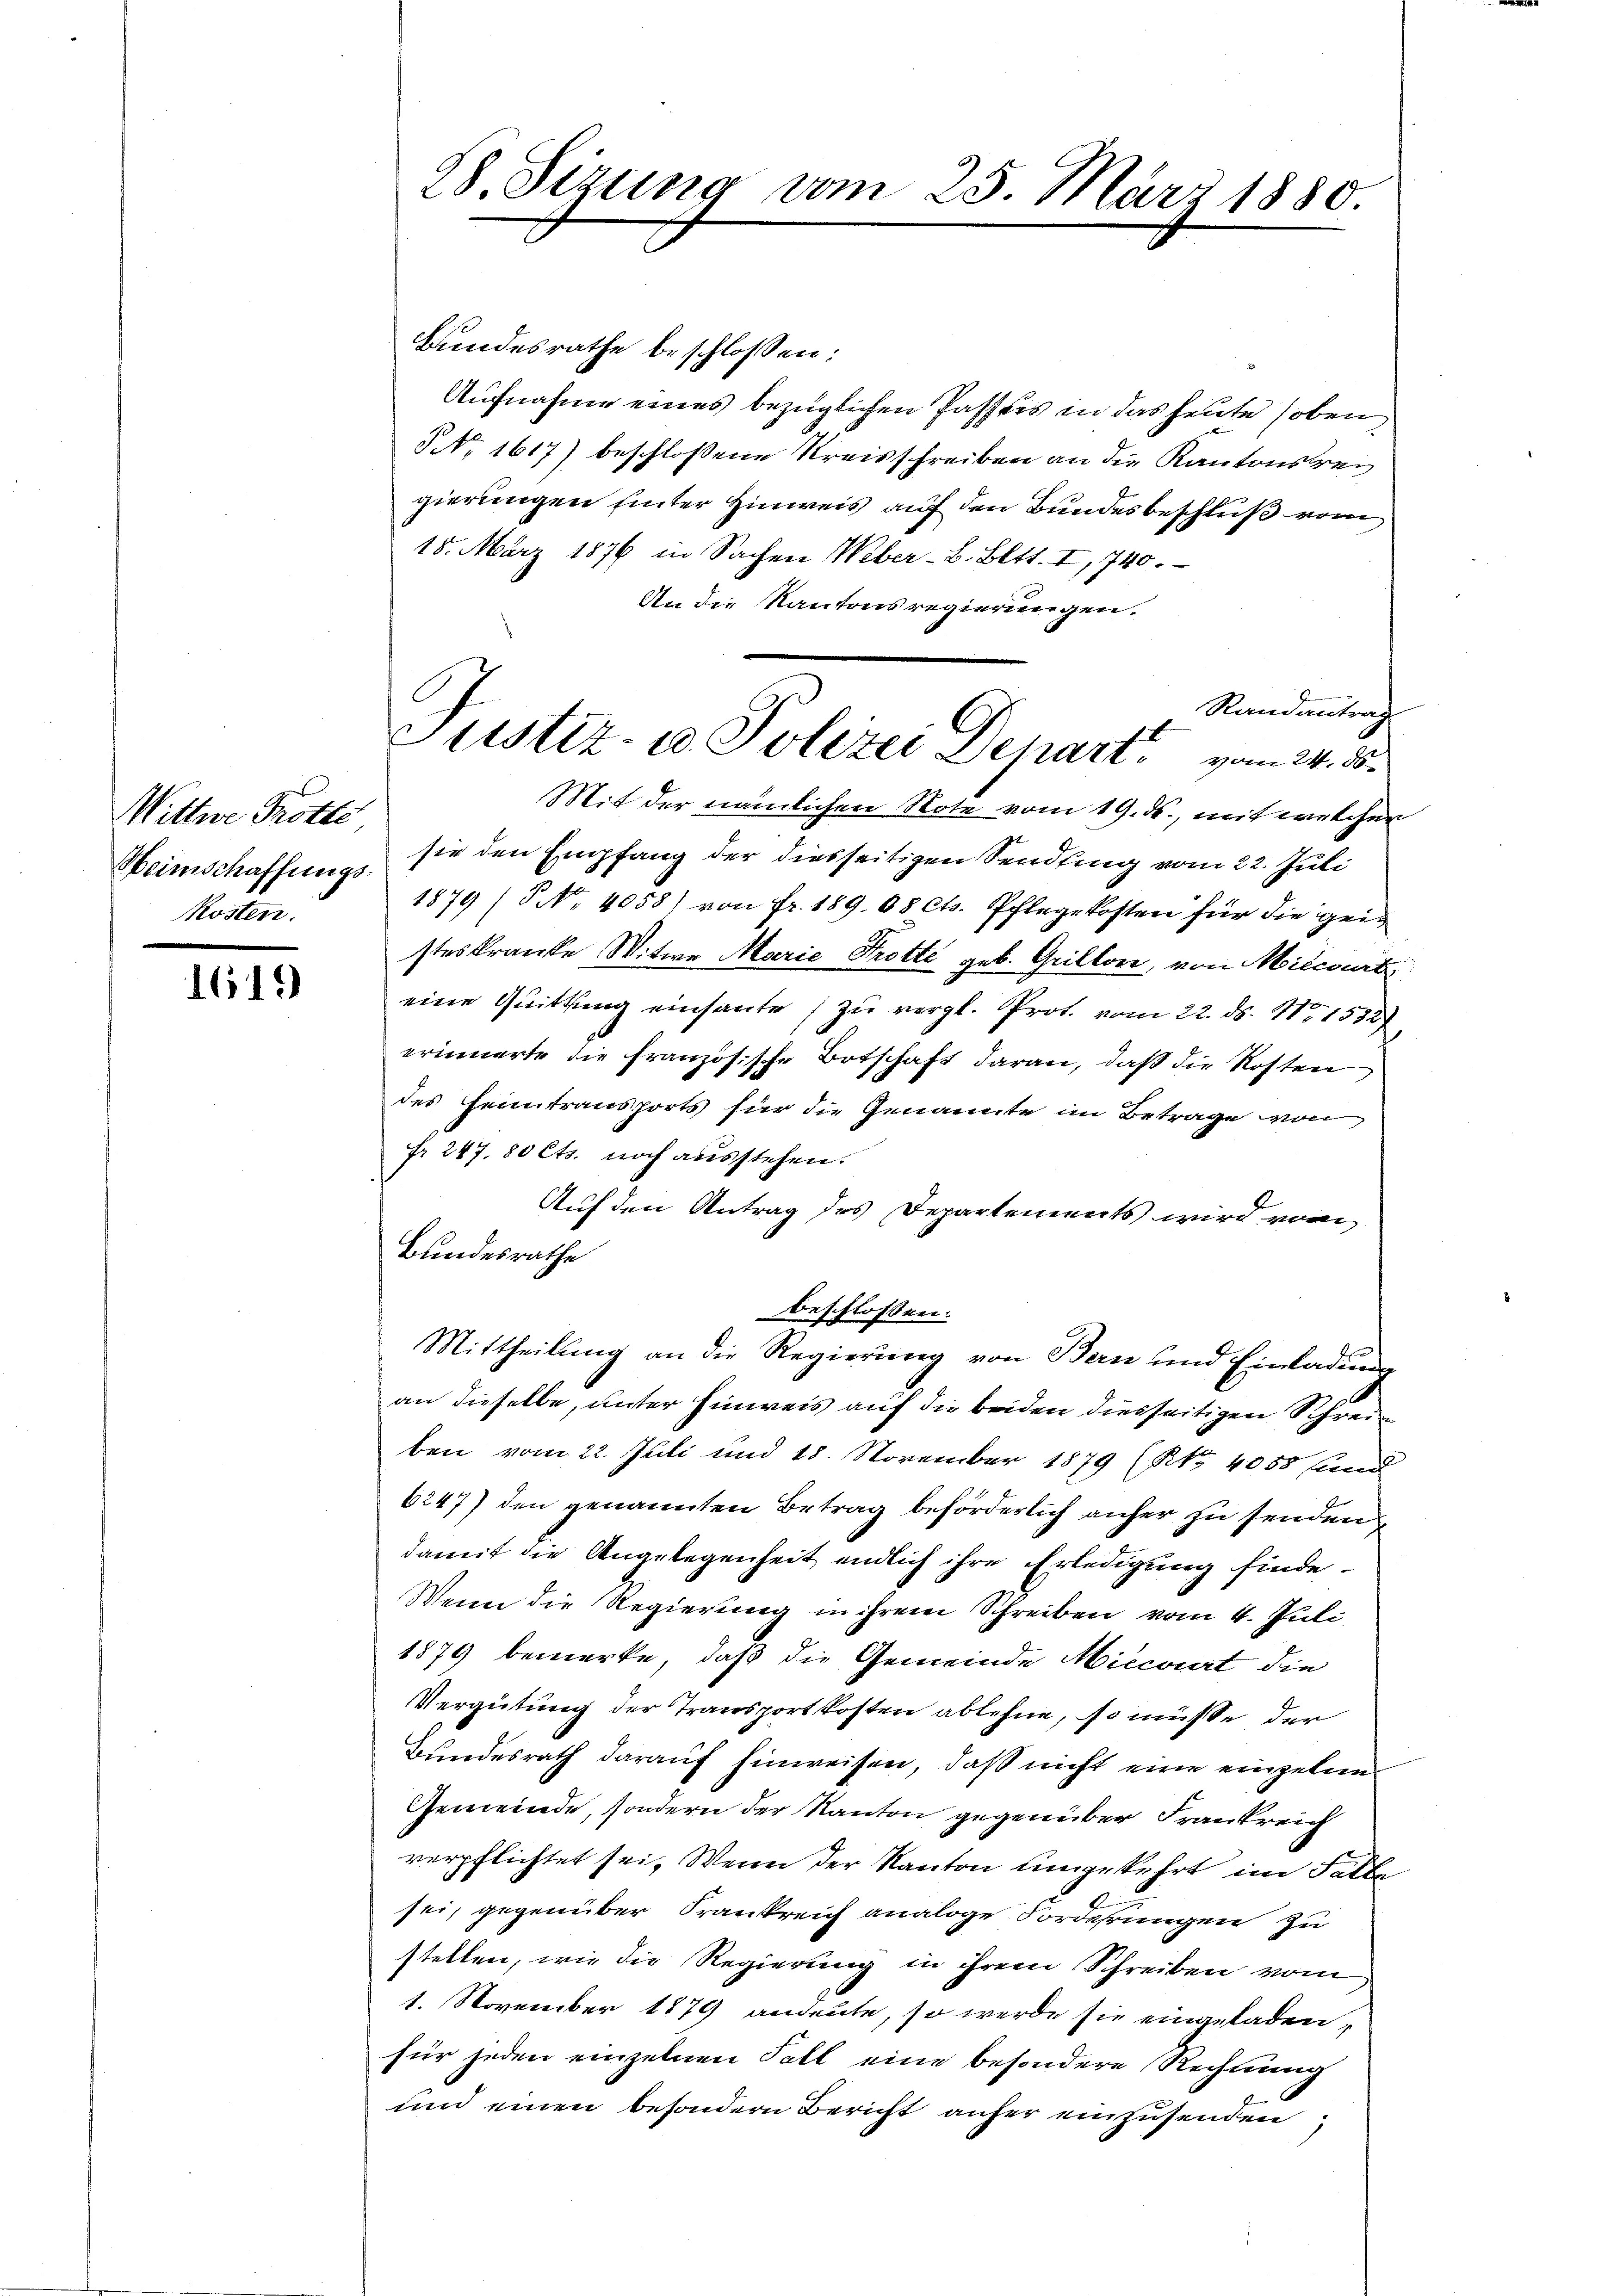
Wittwe Rotte
Kosten.

1619

Bundesrathe beschlossen:
Aufnahme eines bezüglichen Passers in das heute hoben
NNo. 1617) beschlossene Kreisschreiben an die Kantonsregierungen hinter Hinweis auf den Bundesbeschluß vom
15. März 1876 in Sachen Weber-B. Bett. I, 740.
An die Kantonsregierungen.
Randantrag
Mit der nämlichen Note vom 19. ds., mit welcher
Heimschaffŭng sie den Empfang der diesseitigen Sendung vom 22. Juli
1879 (S. 4058) von fr. 189. 08 cts. Pflegekosten für die geisteskranke Witwe Marie Trotte geb. Grillone, von Milcourt
eine Quittung einsante zu vergl. Prot. vom 22. ds. No. 1532
erinnerte die französische Botschaft daran, daß die Kosten
des Heimtransports für die Genannte im Betrage von
fr. 247, 80 Cts. noch ausstehen.
Auf den Antrag des Departements wird vom
Bundesrathe
beschlossen:
Mittheilung an die Regierung von Bern und Einladung
an dieselbe, unter Hinweis auf die beiden diesseitigen Schreiben vom 22. Juli und 18. November 1879 (NNo. 4055 fund
6247) den genannten Betrag beförderlich anher zu senden
damit die Angelegenheit endlich ihre Erledigung finde.
Wenn die Regierung in ihrem Schreiben vom 4. Juli
1879 bemerke, daß die Gemeinde Miecourt die
Vergütung der Transportkosten ablehne, so müßte der
Bundesrath darauf hinweisen, daß nicht eine einzelun¬
Gemeinde, sondern der Kanton gegenüber Frankreich
verpflichtet sei. Wenn der Kanton umgekehrt im Falle
sei, gegenüber Frankreich analoge Vorderungen zu
stellen, wie die Regierung in ihrem Schreiben vom
1. November 1879 andeute, so werde sie eingeladen,
für jeden einzelnen Fall eine besondere Rechnung
und einen besondern Bericht anher einzusenden

28. Sizung vom 25. März 1880.

fl
Justiz- u. Polizei Deharz vom 24. d.